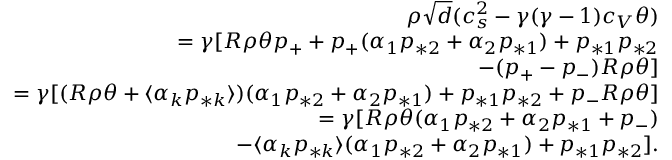
\begin{array} { r } { \rho \sqrt { d } ( c _ { s } ^ { 2 } - \gamma ( \gamma - 1 ) c _ { V } \theta ) } \\ { = \gamma [ R \rho \theta p _ { + } + p _ { + } ( \alpha _ { 1 } p _ { * 2 } + \alpha _ { 2 } p _ { * 1 } ) + p _ { * 1 } p _ { * 2 } } \\ { - ( p _ { + } - p _ { - } ) R \rho \theta ] } \\ { = \gamma [ ( R \rho \theta + \langle \alpha _ { k } p _ { * k } \rangle ) ( \alpha _ { 1 } p _ { * 2 } + \alpha _ { 2 } p _ { * 1 } ) + p _ { * 1 } p _ { * 2 } + p _ { - } R \rho \theta ] } \\ { = \gamma [ R \rho \theta ( \alpha _ { 1 } p _ { * 2 } + \alpha _ { 2 } p _ { * 1 } + p _ { - } ) } \\ { - \langle \alpha _ { k } p _ { * k } \rangle ( \alpha _ { 1 } p _ { * 2 } + \alpha _ { 2 } p _ { * 1 } ) + p _ { * 1 } p _ { * 2 } ] . } \end{array}